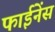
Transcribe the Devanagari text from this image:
फाईनेंस